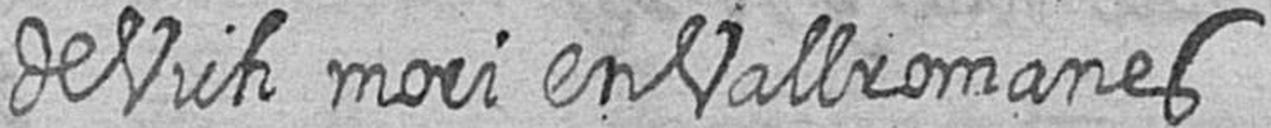
de Vich mori en residencia